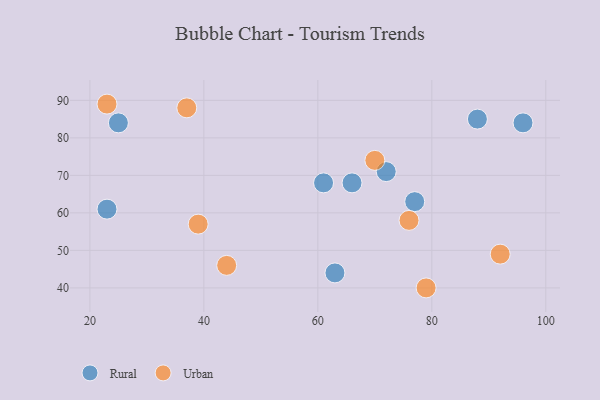
{"axis": {"x": "GDP", "y": "Life Expectancy"}, "legend": ["Rural", "Urban"], "data": [{"x": "23", "y": 61, "type": "Rural"}, {"x": "77", "y": 63, "type": "Rural"}, {"x": "63", "y": 44, "type": "Rural"}, {"x": "72", "y": 71, "type": "Rural"}, {"x": "61", "y": 68, "type": "Rural"}, {"x": "96", "y": 84, "type": "Rural"}, {"x": "25", "y": 84, "type": "Rural"}, {"x": "66", "y": 68, "type": "Rural"}, {"x": "88", "y": 85, "type": "Rural"}, {"x": "92", "y": 49, "type": "Urban"}, {"x": "76", "y": 58, "type": "Urban"}, {"x": "37", "y": 88, "type": "Urban"}, {"x": "23", "y": 89, "type": "Urban"}, {"x": "79", "y": 40, "type": "Urban"}, {"x": "44", "y": 46, "type": "Urban"}, {"x": "70", "y": 74, "type": "Urban"}, {"x": "39", "y": 57, "type": "Urban"}]}